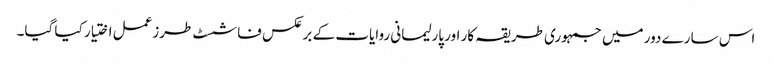
اس سارے دور میں جمہوری طریقہ کار اور پارلیمانی روایات کے برعکس فاشسٹ طرزعمل اختیار کیا گیا۔